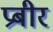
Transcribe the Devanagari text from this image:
प्रबीर